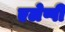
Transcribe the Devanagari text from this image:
एलेप्पी